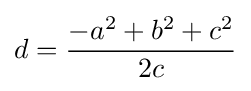
d={\frac {-a^{2}+b^{2}+c^{2}}{2c}}